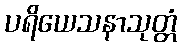
ပရိယေသနာသုတ္တံ